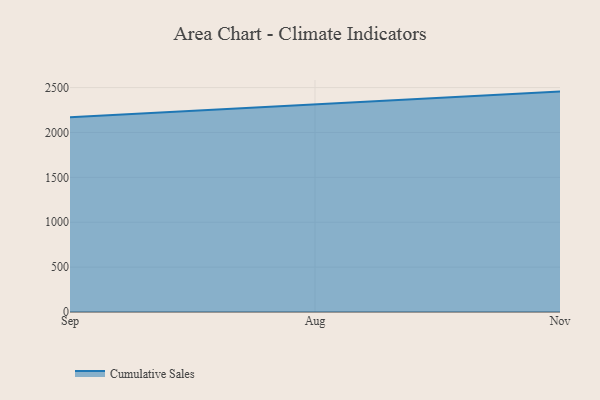
{"axis": {"x": "Month", "y": "Temperature (°C)"}, "legend": ["Cumulative Sales"], "data": [{"x": "Sep", "y": 2168.8, "type": "Cumulative Sales"}, {"x": "Aug", "y": 2310.6, "type": "Cumulative Sales"}, {"x": "Nov", "y": 2455.1, "type": "Cumulative Sales"}]}